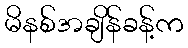
မိနစ်အချိန်ခန့်က